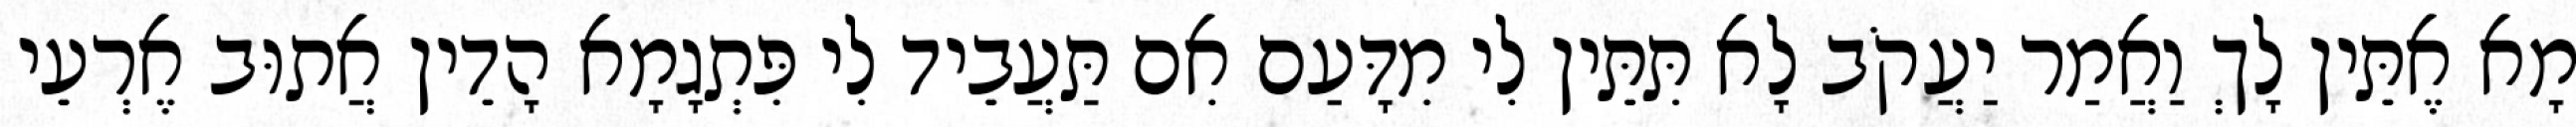
מָא אֶתֵּין לָךְ וַאֲמַר יַעֲקֹב לָא תִּתֵּין לִי מִדָּעַם אִם תַּעֲבֵיד לִי פִּתְגָמָא הָדֵין אֲתוּב אֶרְעֵי